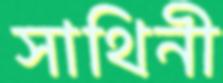
সাথিনী